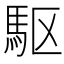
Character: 駆